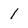
Character: 1